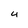
Character: 4